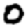
Digit: 0